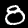
Label: 8